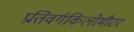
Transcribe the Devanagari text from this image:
प्रतिवर्गकिलोमीटर